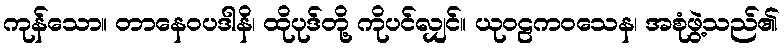
ကုန်သော။ တာနေဝပဒါနိ၊ ထိုပုဒ်တို့ ကိုပင်လျှင်။ ယုဝဠကဝသေန၊ အစုံဖွဲ့သည်၏